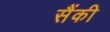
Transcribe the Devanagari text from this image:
सैंकी